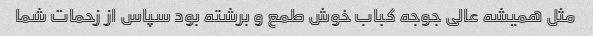
مثل همیشه عالی جوجه کباب خوش طمع و برشته بود سپاس از زحمات شما